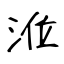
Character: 涖